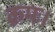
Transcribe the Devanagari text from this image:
क्रमः।